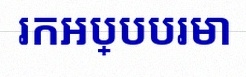
រកអប្បបរមា